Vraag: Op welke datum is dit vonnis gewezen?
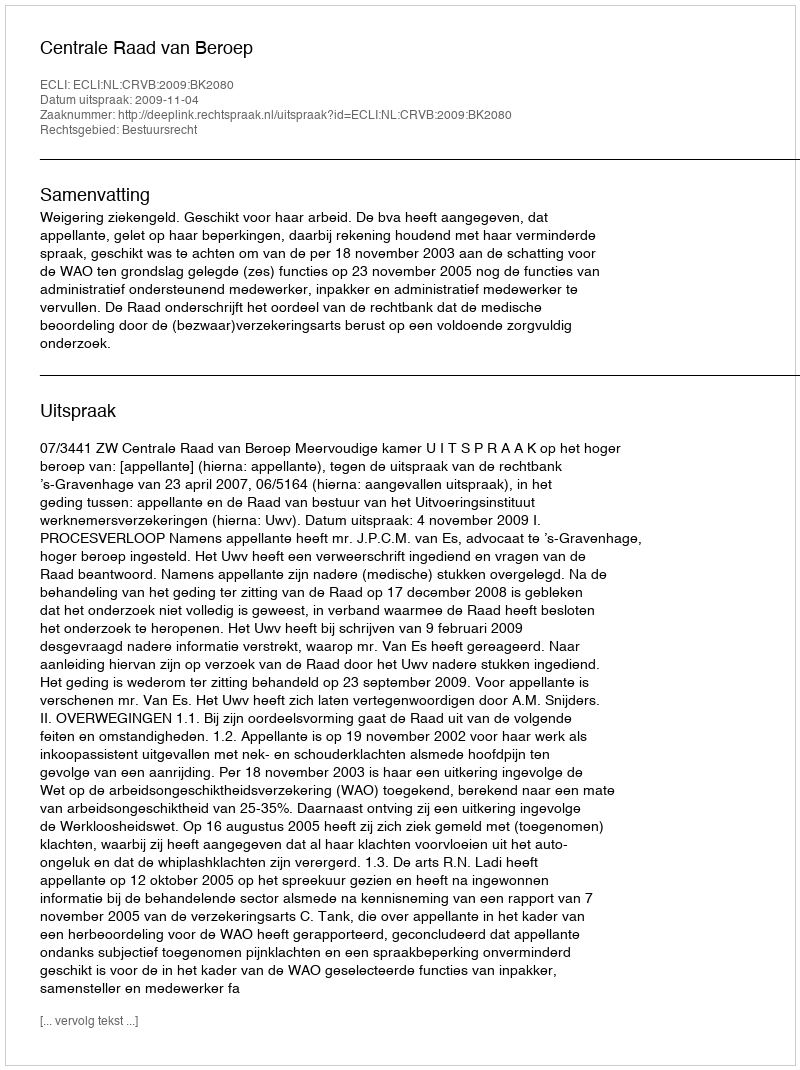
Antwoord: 2009-11-04